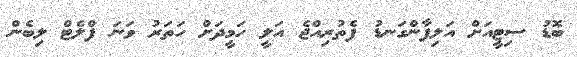
ބޮޑު ސިޓީއަށް އަލިފާންގަނޑު ފެތުރިއްޖެ އަލީ ހަމީދަށް ހަތަރު ވަނަ ފްލެޓް ލިބެން